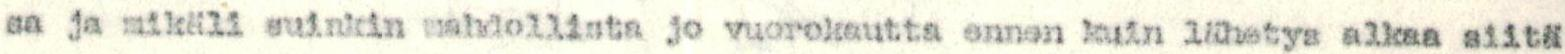
sa ja mikäli suinkin mahdollista jo vuorokautta ennen kuin lähetys alkaa siitä